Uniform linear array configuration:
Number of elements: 48
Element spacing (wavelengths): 1
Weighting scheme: hamming
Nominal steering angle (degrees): -60
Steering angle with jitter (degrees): -58.013
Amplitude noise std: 0.05
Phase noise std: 0.05

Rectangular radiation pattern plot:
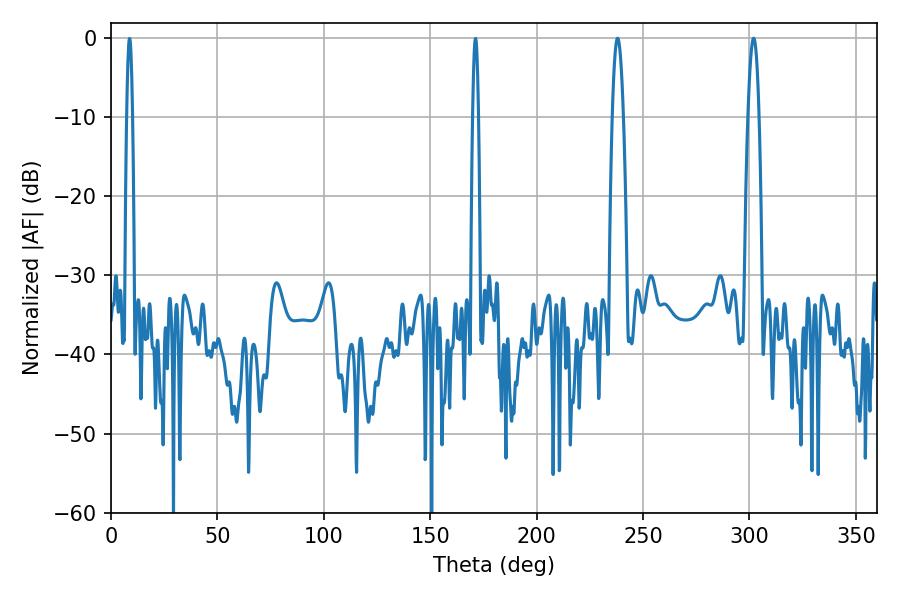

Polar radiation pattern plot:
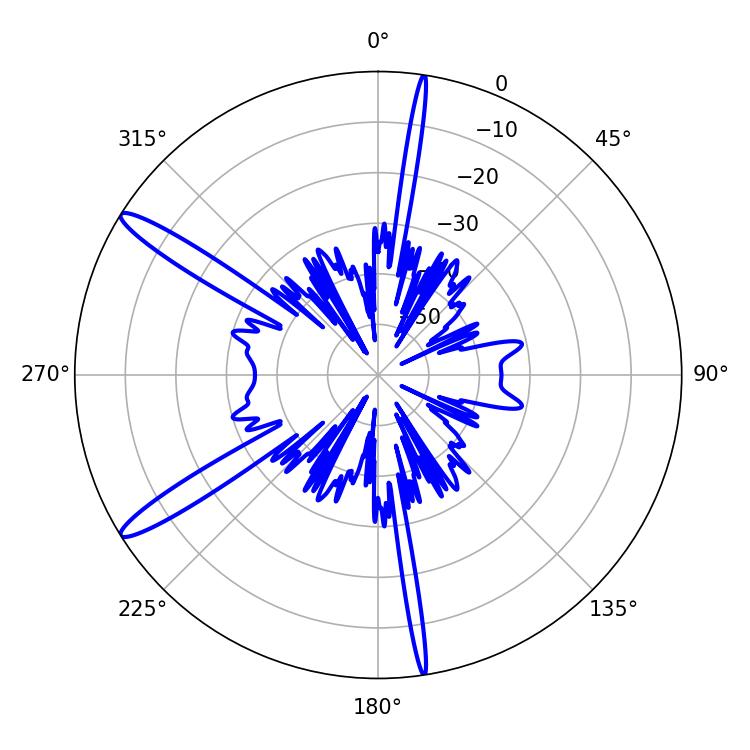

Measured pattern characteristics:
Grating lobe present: TRUE
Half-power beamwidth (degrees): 2.7
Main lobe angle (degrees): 237.96